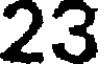
23